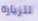
للزيارة